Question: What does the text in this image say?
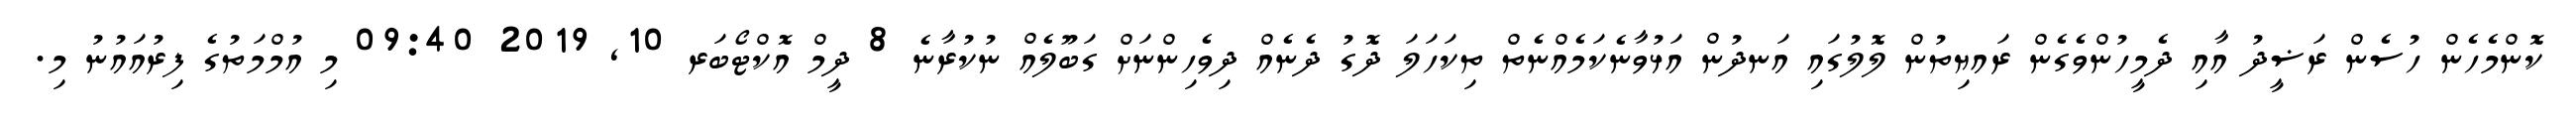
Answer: ކޮންމެހެން ހުސެން ރަޟީދު އާއި ދެމީހުންވެގެން ރައޔިތުން ލޮލުގައި އަނދުން އަޅުވާނެކަމެއްނެތް ތިކަހަލަ ދޮގު ދެނެއް ދިވެހިންނަށް ގަބޫލެއް ނުކުރާނެ 8 ދީމް އޮކްޓޯބަރ 10, 2019 09:40 މި އުމްމަތުގެ ފިރުއައުނު މި.